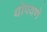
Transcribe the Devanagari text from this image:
थोपवणे